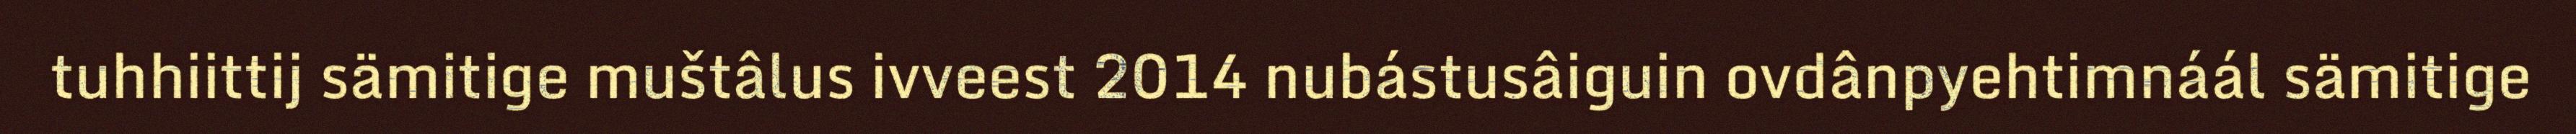
tuhhiittij sämitige muštâlus ivveest 2014 nubástusâiguin ovdânpyehtimnáál sämitige